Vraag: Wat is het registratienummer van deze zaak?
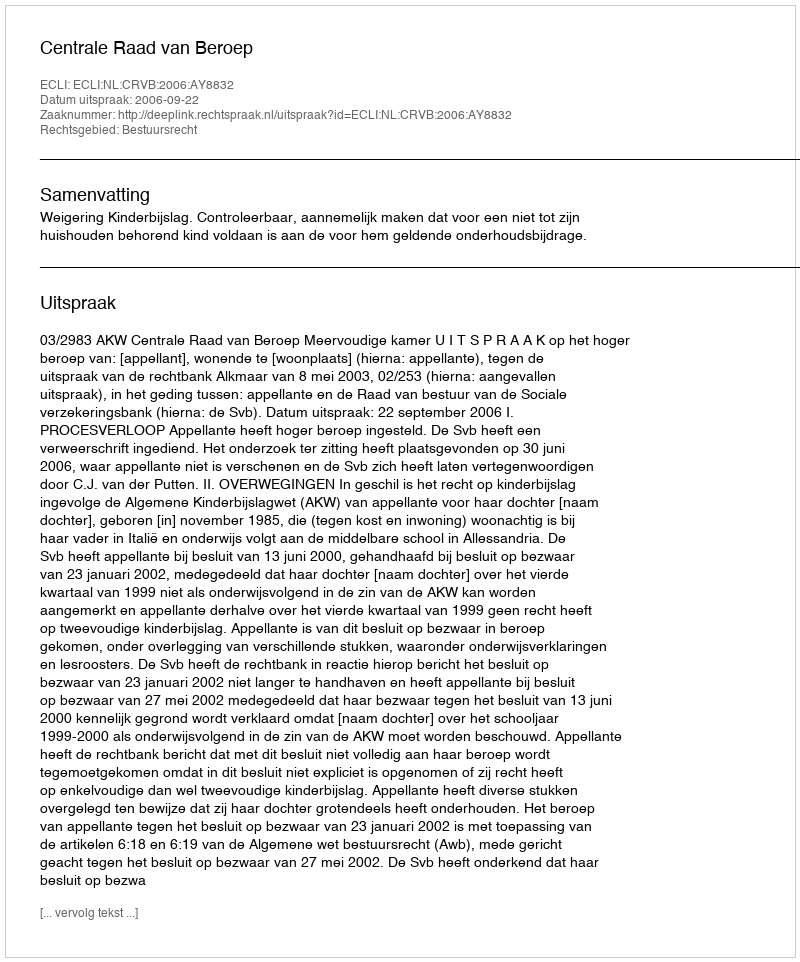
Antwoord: http://deeplink.rechtspraak.nl/uitspraak?id=ECLI:NL:CRVB:2006:AY8832